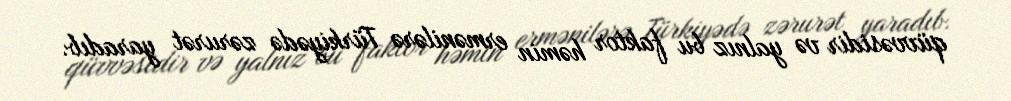
qüvvəsidir və yalnız bu faktor həmin ermənilərə Türkiyədə zərurət yaradıb.